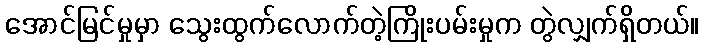
အောင်မြင်မှုမှာ သွေးထွက်လောက်တဲ့ကြိုးပမ်းမှုက တွဲလျှက်ရှိတယ်။